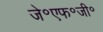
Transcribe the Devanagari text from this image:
जे॰एफ॰जी॰